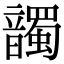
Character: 𩑂